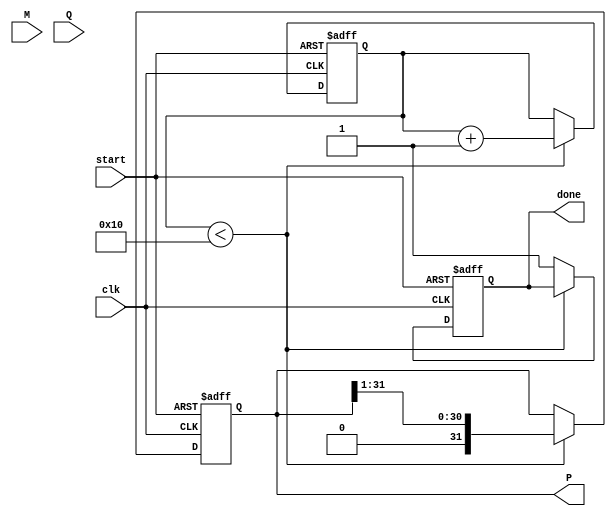
module ModifiedBoothMultiplier (
    input signed [15:0] M,       // Multiplicand
    input signed [15:0] Q,       // Multiplier
    input clk,                   // Clock signal
    input start,                 // Start signal
    output reg signed [31:0] P,  // Product
    output reg done              // Done signal
);

    reg signed [16:0] Q_ext;     // Extended multiplier
    reg signed [31:0] M_neg;      // Negated multiplicand
    reg [4:0] count;              // Count for iteration
    reg [1:0] booth_code;         // Booth encoding output

    // Initialize registers
    always @(posedge clk or posedge start) begin
        if (start) begin
            P <= 0;                // Initialize product to 0
            Q_ext <= {1'b0, Q};    // Extend Q by one bit
            M_neg <= -M;           // Negate multiplicand
            count <= 0;            // Initialize count
            done <= 0;             // Reset done signal
        end else begin
            if (count < 16) begin
                // Booth Coding Logic
                booth_code = {Q_ext[1:0]}; // Take two least significant bits
                
                case (booth_code)
                    2'b00: P <= P;                       // No operation
                    2'b01: P <= P + M;                   // Add M
                    2'b10: P <= P + M_neg;               // Subtract M (add -M)
                    2'b11: P <= P;                       // No operation
                endcase
                
                // Shift Right (Arithmetic Shift)
                Q_ext <= {P[31], P[31:1]}; // Shift product and maintain sign bit
                P <= P >> 1;                // Shift product right
                
                // Increment count
                count <= count + 1;
            end else begin
                done <= 1;                 // Set done signal after all iterations
            end
        end
    end

endmodule